Studies on the mouth parts a Comparative anatomy of the proboscis in the blood-sucking muscidae - Number 60
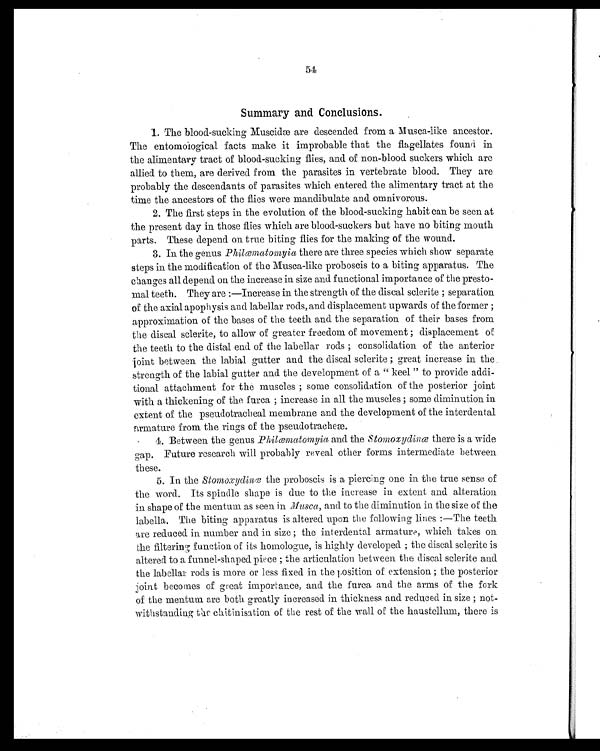
54
Summary and Conclusions.
1. The blood-sucking Muscidæ are descended from a Musca-like ancestor.
The entomological facts make it improbable that the flagellates found in
the alimentary tract of blood-sucking flies, and of non-blood suckers which are
allied to them, are derived from the parasites in vertebrate blood. They are
probably the descendants of parasites which entered the alimentary tract at the
time the ancestors of the flies were mandibulate and omnivorous.
2. The first steps in the evolution of the blood-sucking habit can be seen at
the present day in those flies which are blood-suckers but have no biting mouth
parts. These depend on true biting flies for the making of the wound.
3. In the genus Philæmatomyia there are three species which show separate
steps in the modification of the Musca-like proboscis to a biting apparatus. The
changes all depend on the increase in size and functional importance of the presto-
mal teeth. They are:—Increase in the strength of the discal sclerite; separation
of the axial apophysis and labellar rods, and displacement upwards of the former;
approximation of the bases of the teeth and the separation of their bases from
the discal sclerite, to allow of greater freedom of movement; displacement of
the teeth to the distal end of the labellar rods; consolidation of the anterior
joint between the labial gutter and the discal sclerite; great increase in the
strength of the labial gutter and the development of a "keel" to provide addi-
tional attachment for the muscles; some consolidation of the posterior joint
with a thickening of the furca; increase in all the muscles; some diminution in
extent of the pseudotracheal membrane and the development of the interdental
armature from the rings of the pseudotracheæ.
4. Between the genus Philæmatomyia and the Stomoxydinæ there is a wide
gap. Future research will probably reveal other forms intermediate between
these.
5. In the S tomoxydinæ the proboscis is a piercing one in the true sense of
the word. Its spindle shape is due to the increase in extent and alteration
in shape of the mentum as seen in Musca, and to the diminution in the size of the
labella. The biting apparatus is altered upon the following lines:—The teeth
are reduced in number and in size; the interdental armature, which takes on
the filtering function of its homologue, is highly developed; the discal sclerite is
altered to a funnel-shaped piece; the articulation between the discal sclerite and
the labellar rods is more or less fixed in the position of extension; the posterior
joint becomes of great importance, and the furca and the arms of the fork
of the mentum are both greatly increased in thickness and reduced in size; not-
withstanding the chitinisation of the rest of the wall of the haustellum, there is